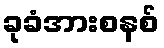
ခုခံအားစနစ်